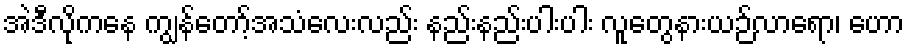
အဲဒီလိုကနေ ကျွန်တော့်အသံလေးလည်း နည်းနည်းပါးပါး လူတွေနားယဉ်လာရော၊ ဟော